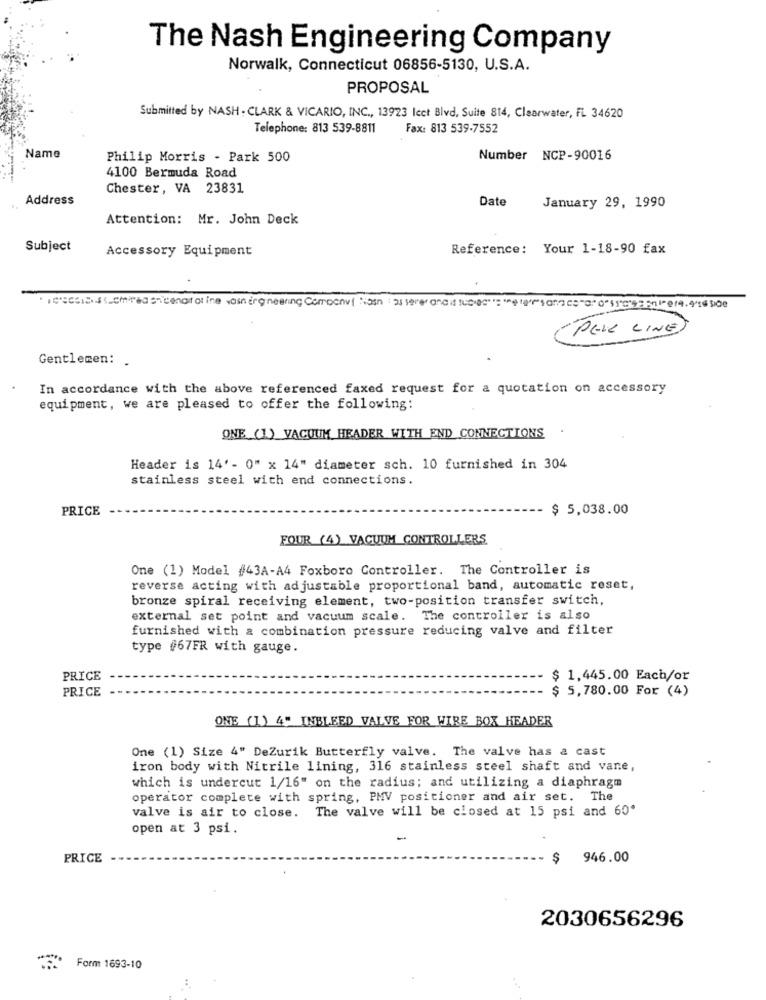
The Nash Engineering Company
Norwalk, Connecticut 06856-5130, U.S.A.
PROPOSAL
Submitted by NASH - CLARK & VICARIO, INC ., 13923 lect Blvd, Suite 814, Clearwater, FL 34620
Telephone: 813 539-8811
Fax: 813 539-7552
Name
Philip Morris - Park 500
Number NCP-90016
4100 Bermuda Road
Chester, VA 23831
Address
Date
January 29, 1990
Attention: Mr. John Deck
Subject
Accessory Equipment
Reference: Your 1-18-90 fax
-PELE LINE
Gentlemen: .
In accordance with the above referenced faxed request for a quotation on accessory
equipment, we are pleased to offer the following:
ONE (1) VACUUM HEADER WITH END CONNECTIONS .
Header is 14' - 0" x 14" diameter sch. 10 furnished in 304
stainless steel with end connections.
PRICE
$ 5,038.00
FOUR (4) VACUUM CONTROLLERS
One (1) Model #43A-A4 Foxboro Controller. The Controller is
reverse acting with adjustable proportional band, automatic reset,
bronze spiral receiving element, two-position transfer switch,
external set point and vacuum scale. The controller is also
furnished with a combination pressure reducing valve and filter
type #67FR with gauge.
PRICE
$ 1,445.00 Each/or
PRICE
$ 5,780.00 For (4)
ONE (1) 4" INBLEED VALVE FOR WIRE BOX HEADER
One (1) Size 4" DeZurik Butterfly valve. The valve has a cast
iron body with Nitrile lining, 316 stainless steel shaft and vane,
which is undercut 1/16" on the radius; and utilizing a diaphragm
operator complete with spring, PMV positioner and air set. The
valve is air to close. The valve will be closed at 15 psi and 60'
open at 3 psi.
PRICE
$
946.00
2030656296
Form 1693-10